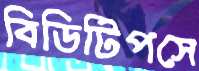
বিডিটিপসে